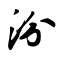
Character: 汾